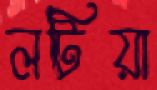
লটিয়া